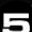
Digit: 5